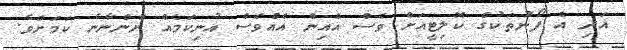
އަދި އެ ފޯނުތަކުގެ ކޮލިޓީއަށް ވެސް އެއިން އެއްވެސް އުނިކަމެއް ނާންނާނެ ކަމަށެވެ.